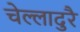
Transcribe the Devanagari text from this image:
चेल्लादुरै